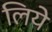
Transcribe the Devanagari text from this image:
लियेे